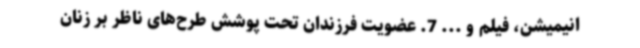
انیمیشن، فیلم و ... 7. عضویت فرزندان تحت پوشش طرح‌های ناظر بر زنان